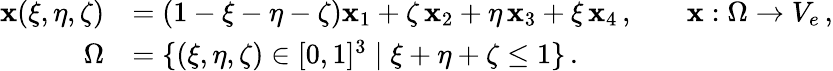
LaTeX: \begin{array}{rlrl}{\mathbf{x}(\xi,\eta,\zeta)}&{=(1-\xi-\eta-\zeta)\mathbf{x}_{1}+\zeta\, \mathbf{x}_{2}+\eta\, \mathbf{x}_{3}+\xi\, \mathbf{x}_{4}\, ,}&&{\mathbf{x}:\Omega\to V_{e}\, ,}\\ {\Omega}&{=\{ (\xi,\eta,\zeta)\in[0,1]^{3}\; |\; \xi+\eta+\zeta\leq 1\} \, .}\end{array}